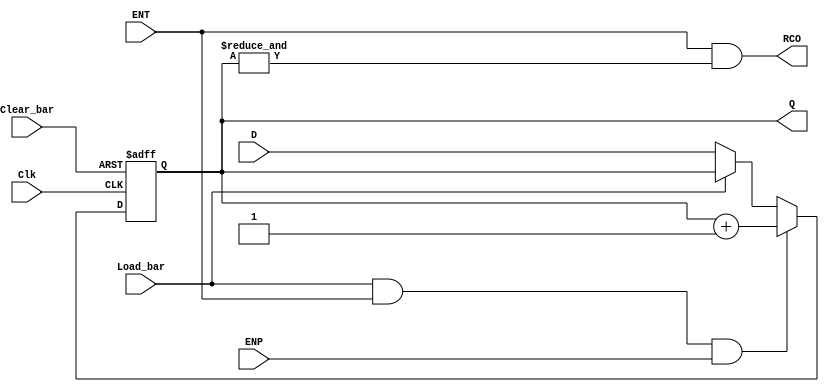
// 4-bit modulo 16 binary counter with parallel load, asynchronous clear

module ttl_74161 #(parameter WIDTH = 4, DELAY_RISE = 0, DELAY_FALL = 0)
(
  input Clear_bar,
  input Load_bar,
  input ENT,
  input ENP,
  input [WIDTH-1:0] D,
  input Clk,
  output RCO,
  output [WIDTH-1:0] Q
);

//------------------------------------------------//
wire RCO_current;
reg [WIDTH-1:0] Q_current = 'b0;
wire [WIDTH-1:0] Q_next;

assign Q_next = Q_current + 1;

always @(posedge Clk or negedge Clear_bar)
begin
  if (!Clear_bar)
  begin
    Q_current <= {WIDTH{1'b0}};
  end
  else
  begin
    if (!Load_bar)
    begin
      Q_current <= D;
    end

    if (Load_bar && ENT && ENP)
    begin
      Q_current <= Q_next;
    end
  end
end

// output
assign RCO_current = ENT && (&Q_current);

//------------------------------------------------//

assign #(DELAY_RISE, DELAY_FALL) RCO = RCO_current;
assign #(DELAY_RISE, DELAY_FALL) Q = Q_current;

endmodule